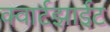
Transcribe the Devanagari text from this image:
क्वार्टझाईट